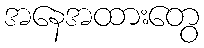
အနေအထားတွေ